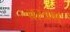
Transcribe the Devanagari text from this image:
वस्त्रम्‌